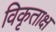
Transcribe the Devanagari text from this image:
विकृताक्ष